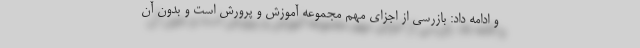
و ادامه داد: بازرسی از اجزای مهم مجموعه آموزش و پرورش است و بدون آن